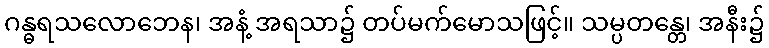
ဂန္ဓရသလောဘေန၊ အနံ့ အရသာ၌ တပ်မက်မောသဖြင့်။ သမ္ပတန္တေ၊ အနီး၌